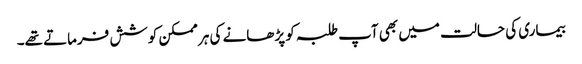
بیماری کی حالت میں بھی آپ طلبہ کو پڑھانے کی ہر ممکن کوشش فرماتے تھے۔